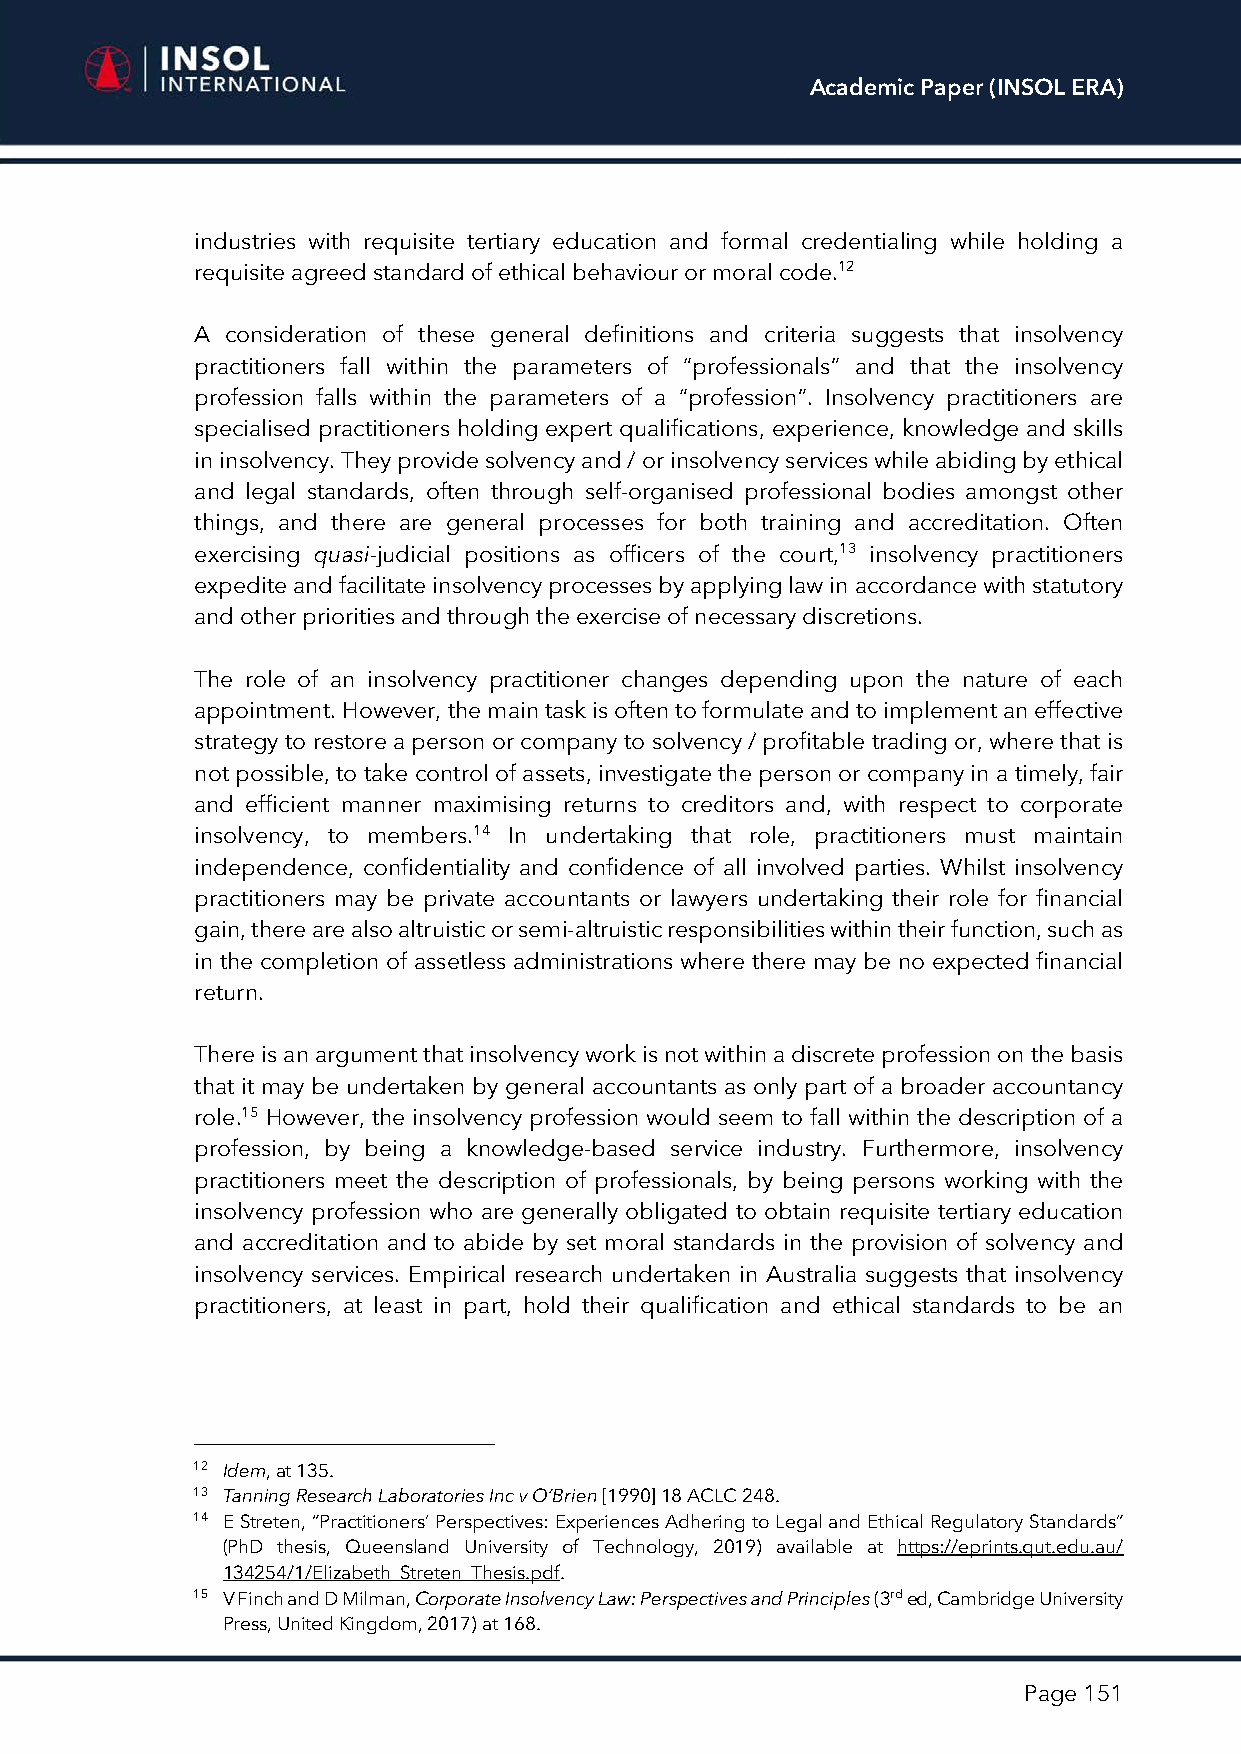
Academic Paper (INSOL ERA)
 industries with requisite tertiary education and formal credentialing while holding a
 requisite agreed standard of ethical behaviour or moral code.12
 A consideration of these general definitions and criteria suggests that insolvency
 practitioners fall within the parameters of “professionals” and that the insolvency
 profession falls within the parameters of a “profession”. Insolvency practitioners are
 specialised practitioners holding expert qualifications, experience, knowledge and skills
 in insolvency. They provide solvency and / or insolvency services while abiding by ethical
 and legal standards, often through self-organised professional bodies amongst other
 things, and there are general processes for both training and accreditation. Often
 exercising quasi-judicial positions as officers of the court,13 insolvency practitioners
 expedite and facilitate insolvency processes by applying law in accordance with statutory
 and other priorities and through the exercise of necessary discretions.
 The role of an insolvency practitioner changes depending upon the nature of each
 appointment. However, the main task is often to formulate and to implement an effective
 strategy to restore a person or company to solvency / profitable trading or, where that is
 not possible, to take control of assets, investigate the person or company in a timely, fair
 and efficient manner maximising returns to creditors and, with respect to corporate
 insolvency, to members.14 In undertaking that role, practitioners must maintain
 independence, confidentiality and confidence of all involved parties. Whilst insolvency
 practitioners may be private accountants or lawyers undertaking their role for financial
 gain, there are also altruistic or semi-altruistic responsibilities within their function, such as
 in the completion of assetless administrations where there may be no expected financial
 return.
 There is an argument that insolvency work is not within a discrete profession on the basis
 that it may be undertaken by general accountants as only part of a broader accountancy
 role.15 However, the insolvency profession would seem to fall within the description of a
 profession, by being a knowledge-based service industry. Furthermore, insolvency
 practitioners meet the description of professionals, by being persons working with the
 insolvency profession who are generally obligated to obtain requisite tertiary education
 and accreditation and to abide by set moral standards in the provision of solvency and
 insolvency services. Empirical research undertaken in Australia suggests that insolvency
 practitioners, at least in part, hold their qualification and ethical standards to be an
 12 Idem, at 135.
 13 Tanning Research Laboratories Inc v O’Brien [1990] 18 ACLC 248.
 14 E Streten, “Practitioners’ Perspectives: Experiences Adhering to Legal and Ethical Regulatory Standards”
 (PhD thesis, Queensland University of Technology, 2019) available at https://eprints.qut.edu.au/
 134254/1/Elizabeth_Streten_Thesis.pdf.
 15 V Finch and D Milman, Corporate Insolvency Law: Perspectives and Principles (3rd ed, Cambridge University
 Press, United Kingdom, 2017) at 168.
 Page 151